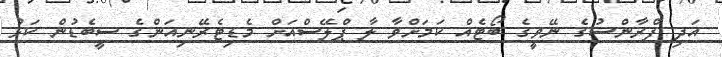
އަދި ފްރާންސުގެ ނޭވީގެ ބޯޓެއް ކަމަށްވާ ލާ ޕްލޭސްއަށް މެޑިޓެރޭނިއަންގެ ސީބެޑުން ކަޅު